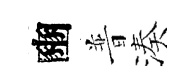
豳普湊